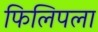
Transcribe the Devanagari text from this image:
फिलिपला